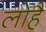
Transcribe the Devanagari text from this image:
लोहै